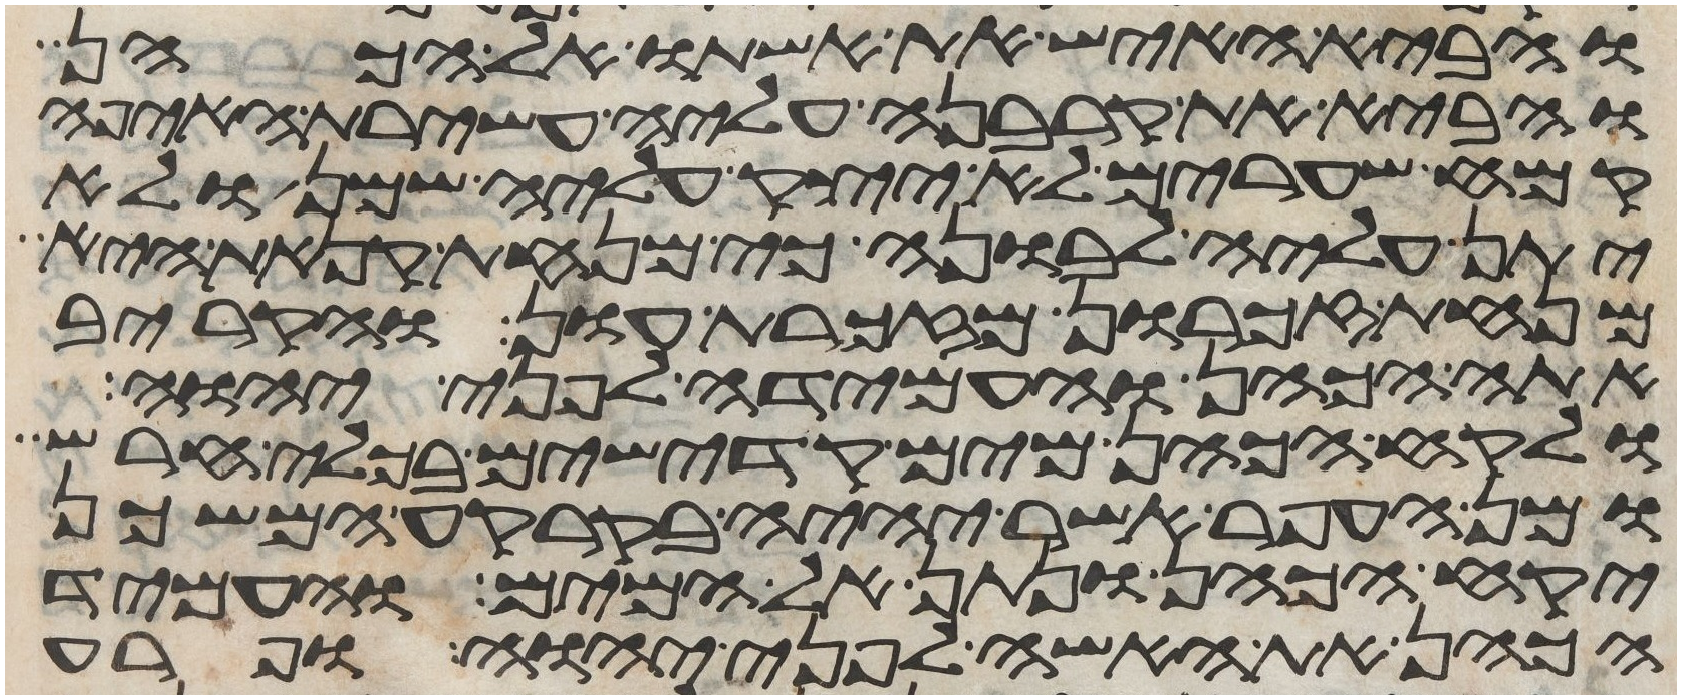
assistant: והביא האיש את אשתו אל הכהן
והביא את קרבנה עליה עשירת האיפה
קמח שערים לא יצק עליה שמן ולא
יתן עליה לבונה כי מנחת קנאת היא
מנחת זכרון מזכרת עון והקריב
אתה הכהן והעמידה לפני יהוה
ולקח הכהן מים קדישים בכלי חרש
ומן העפר אשר יהיה בקרקע המשכן
יקח הכהן ונתן אל המים והעמיד
הכהן את האשה לפני יהוה ופרע